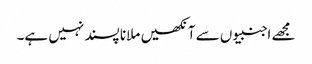
مجھے اجنبیوں سے آنکھیں ملانا پسند نہیں ہے۔